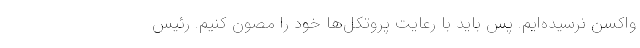
واکسن نرسیده‌ایم. پس باید با رعایت پروتکل‌ها خود را مصون کنیم. رئیس